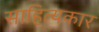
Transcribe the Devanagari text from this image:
साहित्‍यकार